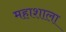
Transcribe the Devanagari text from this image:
महाशाला